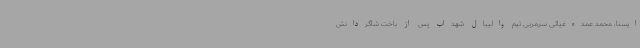
ایسنا، محمد عمده‌غیاثی سرمربی تیم والیبال شهداب پس از باخت شاگردانش